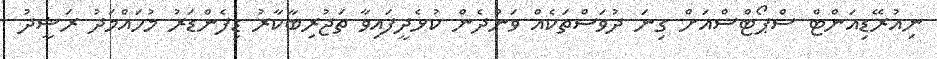
ނިއުރޭޑިއަންޓް ސްޕޯޓްސްއަށް ގިނަ ދުވަސްތަކެއް ވަންދެން ކުޅެދީފައިވާ ތަޖުރިބާކާރު ޑިފެންޑަރު މުހައްމަދު ރަޝީދު